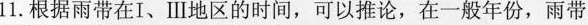
11.根据雨带在I、Ⅲ地区的时间，可以推论，在一般年份，雨带